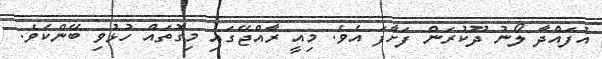
އުފައްދާ ލޯނު ދޫކުރަން ފަށާފަ އެވެ. މިއީ ރާއްޖޭގައި މިގޮތައް ހުޅުވި ބޭންކެވެ.